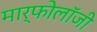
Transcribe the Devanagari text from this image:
मार्फोलॉजी